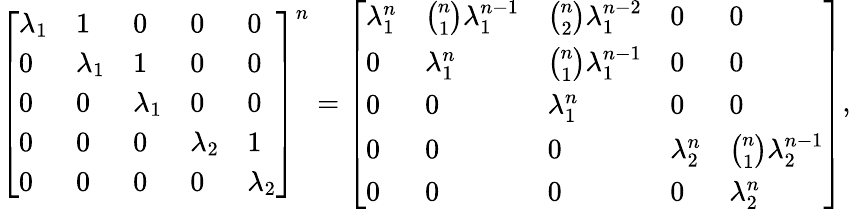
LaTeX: {\left[\begin{array}{lllll}{\lambda_{1}}&{1}&{0}&{0}&{0}\\ {0}&{\lambda_{1}}&{1}&{0}&{0}\\ {0}&{0}&{\lambda_{1}}&{0}&{0}\\ {0}&{0}&{0}&{\lambda_{2}}&{1}\\ {0}&{0}&{0}&{0}&{\lambda_{2}}\end{array}\right]}^{n}={\left[\begin{array}{lllll}{\lambda_{1}^{n}}&{{\binom{n}{1}}\lambda_{1}^{n-1}}&{{\binom{n}{2}}\lambda_{1}^{n-2}}&{0}&{0}\\ {0}&{\lambda_{1}^{n}}&{{\binom{n}{1}}\lambda_{1}^{n-1}}&{0}&{0}\\ {0}&{0}&{\lambda_{1}^{n}}&{0}&{0}\\ {0}&{0}&{0}&{\lambda_{2}^{n}}&{{\binom{n}{1}}\lambda_{2}^{n-1}}\\ {0}&{0}&{0}&{0}&{\lambda_{2}^{n}}\end{array}\right]},